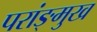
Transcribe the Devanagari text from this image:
परांङ्‌मुख